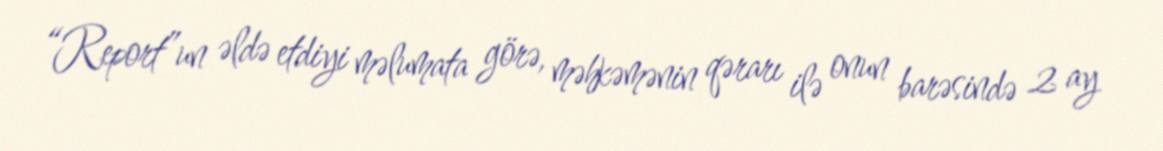
“Report”un əldə etdiyi məlumata görə, məhkəmənin qərarı ilə onun barəsində 2 ay